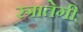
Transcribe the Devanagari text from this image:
स्त्रातेगी